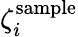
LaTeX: \zeta_{i}^{\mathrm{sample}}